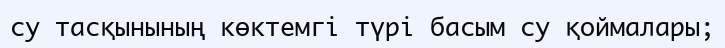
су тасқынының көктемгі түрі басым су қоймалары;